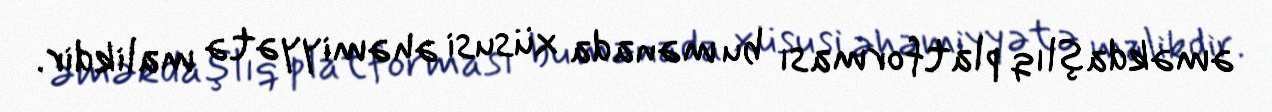
əməkdaşlıq platforması bu mənada xüsusi əhəmiyyətə malikdir.